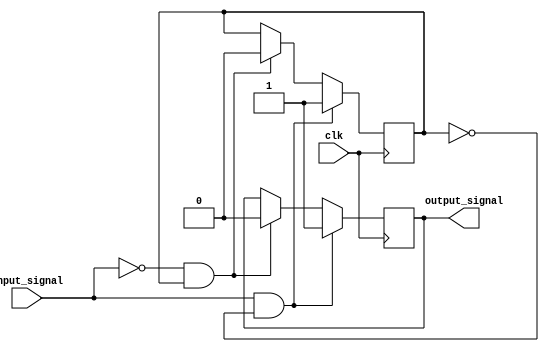
module schmitt_trigger(
    input wire clk,
    input wire input_signal,
    output reg output_signal
);

reg state;

parameter THRESHOLD_HIGH = 1'd1;
parameter THRESHOLD_LOW = 1'd0;

always @(posedge clk) begin
    if(input_signal == THRESHOLD_HIGH && state == THRESHOLD_LOW) begin
        output_signal <= THRESHOLD_HIGH;
        state <= THRESHOLD_HIGH;
    end else if(input_signal == THRESHOLD_LOW && state == THRESHOLD_HIGH) begin
        output_signal <= THRESHOLD_LOW;
        state <= THRESHOLD_LOW;
    end
end

endmodule